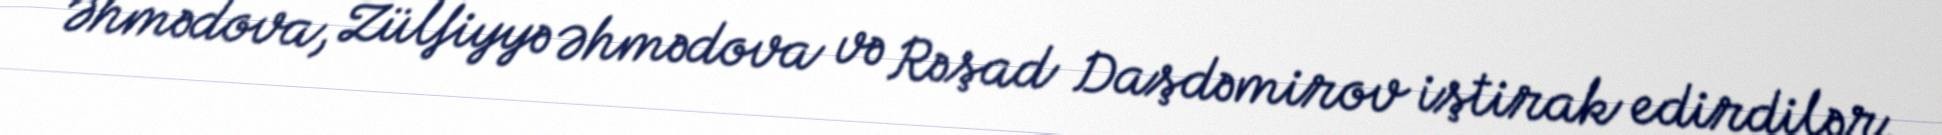
Əhmədova, Zülfiyyə Əhmədova və Rəşad Daşdəmirov iştirak edirdilər.